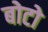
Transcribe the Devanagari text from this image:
बोटो